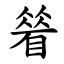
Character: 䁞